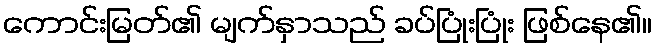
ကောင်းမြတ်၏ မျက်နှာသည် ခပ်ပြုံးပြုံး ဖြစ်နေ၏။